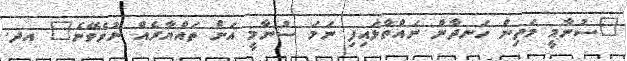
"ސުނާމީ މަތިން ހަނދާން ނައްތާލައިފި ނަމަ ސުނާމީ އަށް ތައްޔާރެއް ނުވެވޭނެ" އދ.